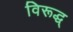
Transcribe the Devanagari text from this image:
विरूद्ध्